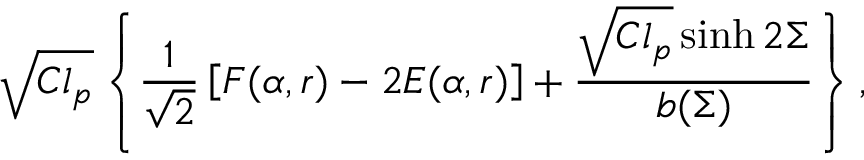
\sqrt { C l _ { p } } \left\{ \frac { 1 } { \sqrt { 2 } } \left[ F ( \alpha , r ) - 2 E ( \alpha , r ) \right] + \frac { \sqrt { C l _ { p } } \sinh 2 \Sigma } { b ( \Sigma ) } \right\} ,